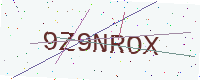
Text: 9Z9NROX